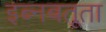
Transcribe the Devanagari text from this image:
इब्‍नबतूता